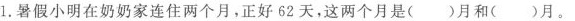
1.暑假小明在奶奶家连住两个月，正好62天，这两个月是()月和()月。